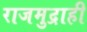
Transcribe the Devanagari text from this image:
राजमुद्राही